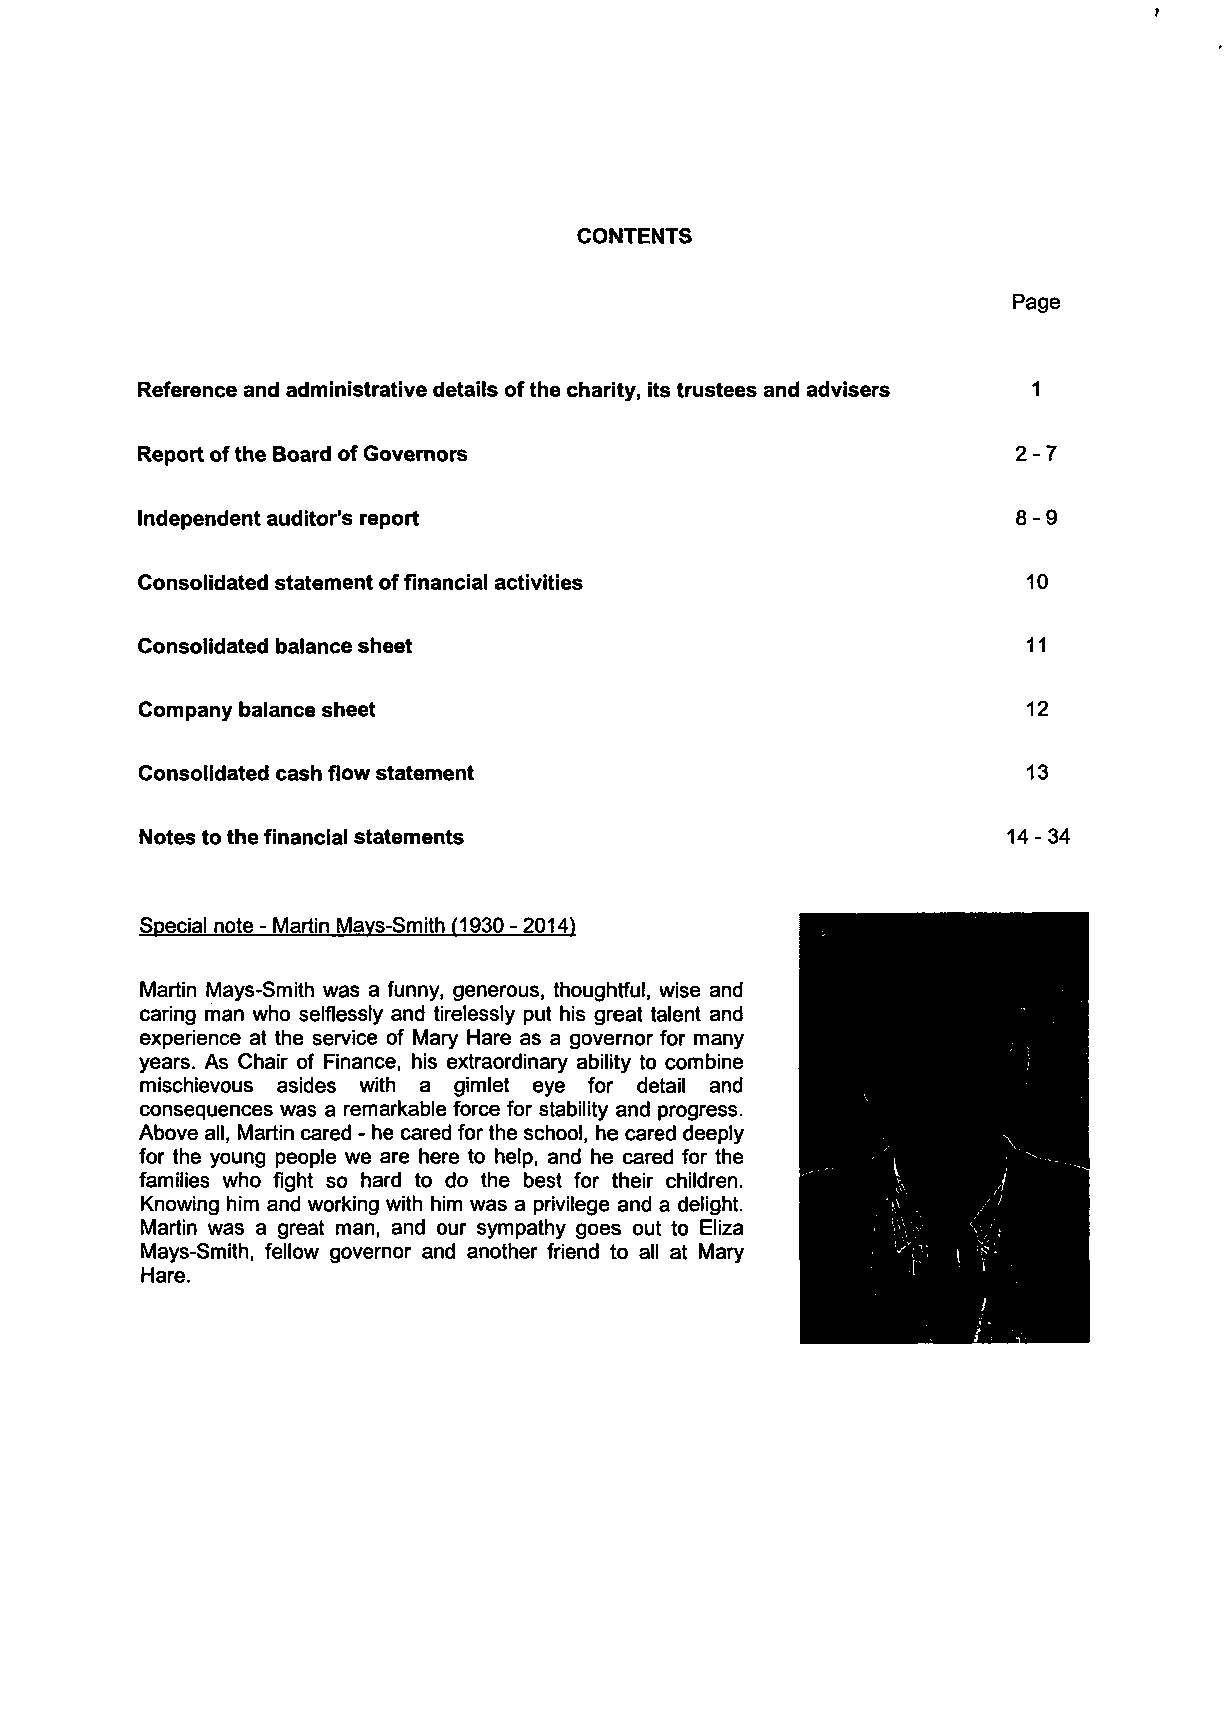
CONTENTS
 Page
 Reference and administrative details of the charity, its trustees and advisers 1
 Report of the Board of Governors                           2-7
 Independent auditor's report                               8-9
 Consolidated statement of financial activities             10
 Consolidated balance sheet                                 11
 Company balance sheet                                      12
 Consolidated cash flow statement                           13
 Notes to the financial statements                         14-34
 Special note - Martin Mays-Smith (1930 - 2014)
 Martin Mays-Smith was a funny, generous, thoughtful, wise and
 caring man who selflessly and tirelessly put his great talent and
 experience at the service of Mary Hare as a governor for many
 years. As Chair of Finance, his extraordinary ability to combine
 mischievous asides with a gimlet eye for detail and
 consequences was a remarkable force for stability and progress.
 Above all, Martin cared - he cared for the school, he cared deeply
 for the young people we are here to help, and he cared for the
 families who fight so hard to do the best for their children.
 Knowing him and working with him was a privilege and a delight.
 Martin was a great man, and our sympathy goes out to Eliza
 Mays-Smith, fellow governor and another friend to all at Mary
 Hare.